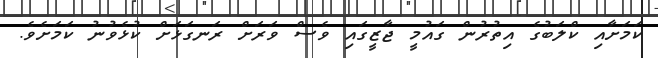
ކަމަށާއި ކްލަބުގެ އިތުރުން ގައުމީ ޖާޒީގައި ވެސް ވަރަށް ރަނގަޅަށް ކުޅެވުނު ކަމަށެވެ.